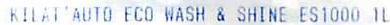
KILAT AUTO ECO WASH & SHINE ES1000 1L